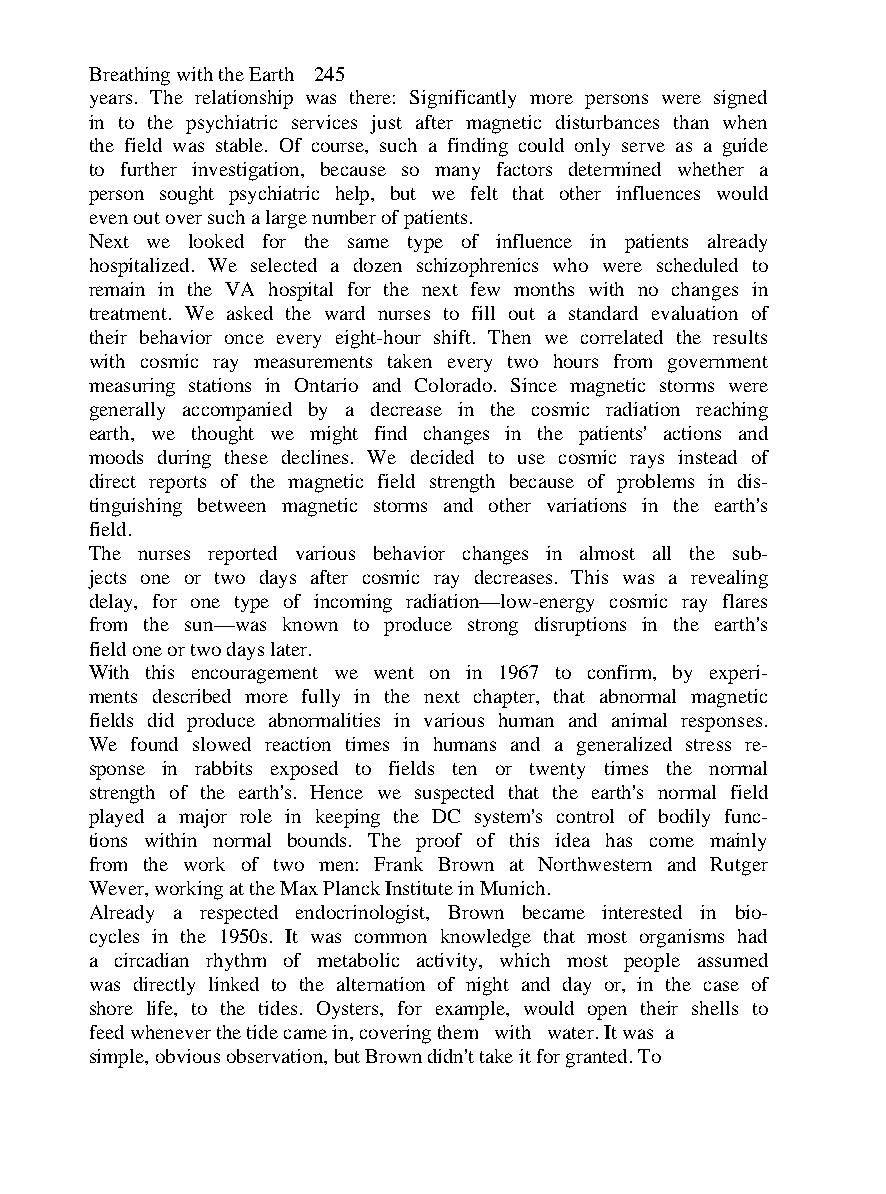
Breathing with the Earth 245
 years. The relationship was there: Significantly more persons were signed
 in to the psychiatric services just after magnetic disturbances than when
 the field was stable. Of course, such a finding could only serve as a guide
 to further investigation, because so many factors determined whether a
 person sought psychiatric help, but we felt that other influences would
 even out over such a large number of patients.
 Next we looked for the same type of influence in patients already
 hospitalized. We selected a dozen schizophrenics who were scheduled to
 remain in the VA hospital for the next few months with no changes in
 treatment. We asked the ward nurses to fill out a standard evaluation of
 their behavior once every eight-hour shift. Then we correlated the results
 with cosmic ray measurements taken every two hours from government
 measuring stations in Ontario and Colorado. Since magnetic storms were
 generally accompanied by a decrease in the cosmic radiation reaching
 earth, we thought we might find changes in the patients' actions and
 moods during these declines. We decided to use cosmic rays instead of
 direct reports of the magnetic field strength because of problems in dis-
 tinguishing between magnetic storms and other variations in the earth's
 field.
 The nurses reported various behavior changes in almost all the sub-
 jects one or two days after cosmic ray decreases. This was a revealing
 delay, for one type of incoming radiation—low-energy cosmic ray flares
 from the sun—was known to produce strong disruptions in the earth's
 field one or two days later.
 With this encouragement we went on in 1967 to confirm, by experi-
 ments described more fully in the next chapter, that abnormal magnetic
 fields did produce abnormalities in various human and animal responses.
 We found slowed reaction times in humans and a generalized stress re-
 sponse in rabbits exposed to fields ten or twenty times the normal
 strength of the earth's. Hence we suspected that the earth's normal field
 played a major role in keeping the DC system's control of bodily func-
 tions within normal bounds. The proof of this idea has come mainly
 from the work of two men: Frank Brown at Northwestern and Rutger
 Wever, working at the Max Planck Institute in Munich.
 Already a respected endocrinologist, Brown became interested in bio-
 cycles in the 1950s. It was common knowledge that most organisms had
 a circadian rhythm of metabolic activity, which most people assumed
 was directly linked to the alternation of night and day or, in the case of
 shore life, to the tides. Oysters, for example, would open their shells to
 feed whenever the tide came in, covering them with water. It was a
 simple, obvious observation, but Brown didn't take it for granted. To